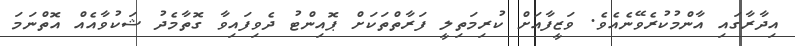
އިދާރާގައި އާންމުކުރެވޭނެއެވެ. ވަޒީފާއަށް ކުރިމަތިލީ ފަރާތްތަކަށް ޕޮއިންޓު ދެވިފައިވާ ގޮތާމެދު ޝަކުވާއެއް އޮތްނަމަ